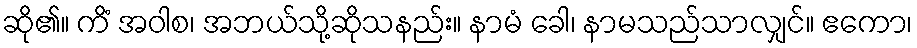
ဆို၏။ ကိံ အဝါစ၊ အဘယ်သို့ဆိုသနည်း။ နာမံ ခေါ၊ နာမသည်သာလျှင်။ ဧကော၊